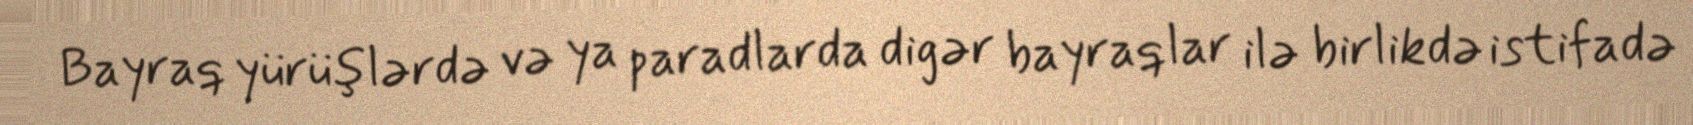
Bayraq yürüşlərdə və ya paradlarda digər bayraqlar ilə birlikdə istifadə